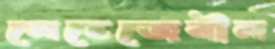
মেহেজেবীন